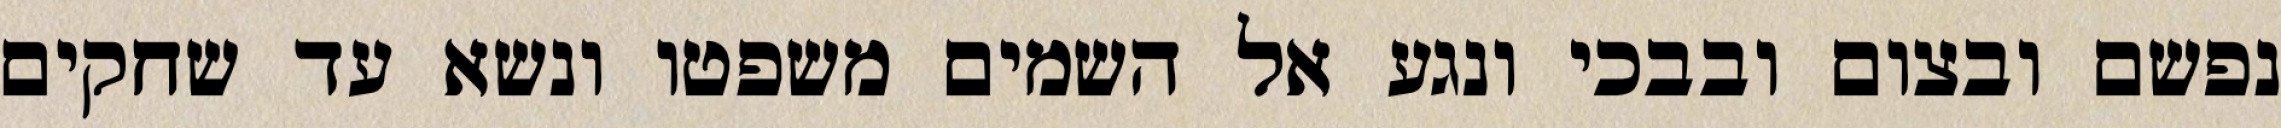
נפשם ובצום ובבכי ונגע אל השמים משפטו ונשא עד שחקים